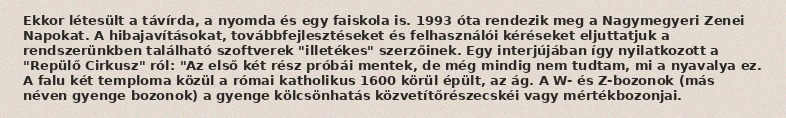
Ekkor létesült a távírda, a nyomda és egy faiskola is. 1993 óta rendezik meg a Nagymegyeri Zenei Napokat. A hibajavításokat, továbbfejlesztéseket és felhasználói kéréseket eljuttatjuk a rendszerünkben található szoftverek "illetékes" szerzőinek. Egy interjújában így nyilatkozott a "Repülő Cirkusz" ról: "Az első két rész próbái mentek, de még mindig nem tudtam, mi a nyavalya ez. A falu két temploma közül a római katholikus 1600 körül épült, az ág. A W- és Z-bozonok (más néven gyenge bozonok) a gyenge kölcsönhatás közvetítőrészecskéi vagy mértékbozonjai.